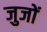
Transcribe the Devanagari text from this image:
जुजों